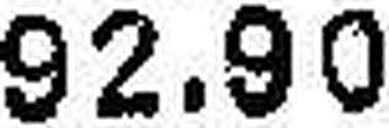
92.90